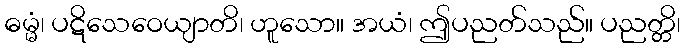
ဓမ္မံ၊ ပဋိသေဝေယျာတိ၊ ဟူသော။ အယံ၊ ဤပညတ်သည်။ ပညတ္တိ၊